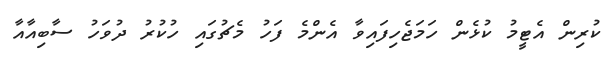
ކުރިން އެޓީމު ކުޅެން ހަމަޖެހިފައިވާ އެންމެ ފަހު މެޗުގައި ހުކުރު ދުވަހު ސާބިއާއާ